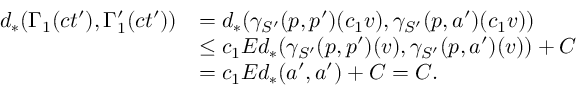
\begin{array} { r l } { d _ { * } ( \Gamma _ { 1 } ( c t ^ { \prime } ) , \Gamma _ { 1 } ^ { \prime } ( c t ^ { \prime } ) ) } & { = d _ { * } ( \gamma _ { S ^ { \prime } } ( p , p ^ { \prime } ) ( c _ { 1 } v ) , \gamma _ { S ^ { \prime } } ( p , a ^ { \prime } ) ( c _ { 1 } v ) ) } \\ & { \leq c _ { 1 } E d _ { * } ( \gamma _ { S ^ { \prime } } ( p , p ^ { \prime } ) ( v ) , \gamma _ { S ^ { \prime } } ( p , a ^ { \prime } ) ( v ) ) + C } \\ & { = c _ { 1 } E d _ { * } ( a ^ { \prime } , a ^ { \prime } ) + C = C . } \end{array}